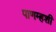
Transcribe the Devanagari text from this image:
पाणम्हशी